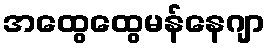
အထွေထွေမန်နေဂျာ